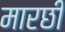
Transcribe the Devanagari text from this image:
मारछी